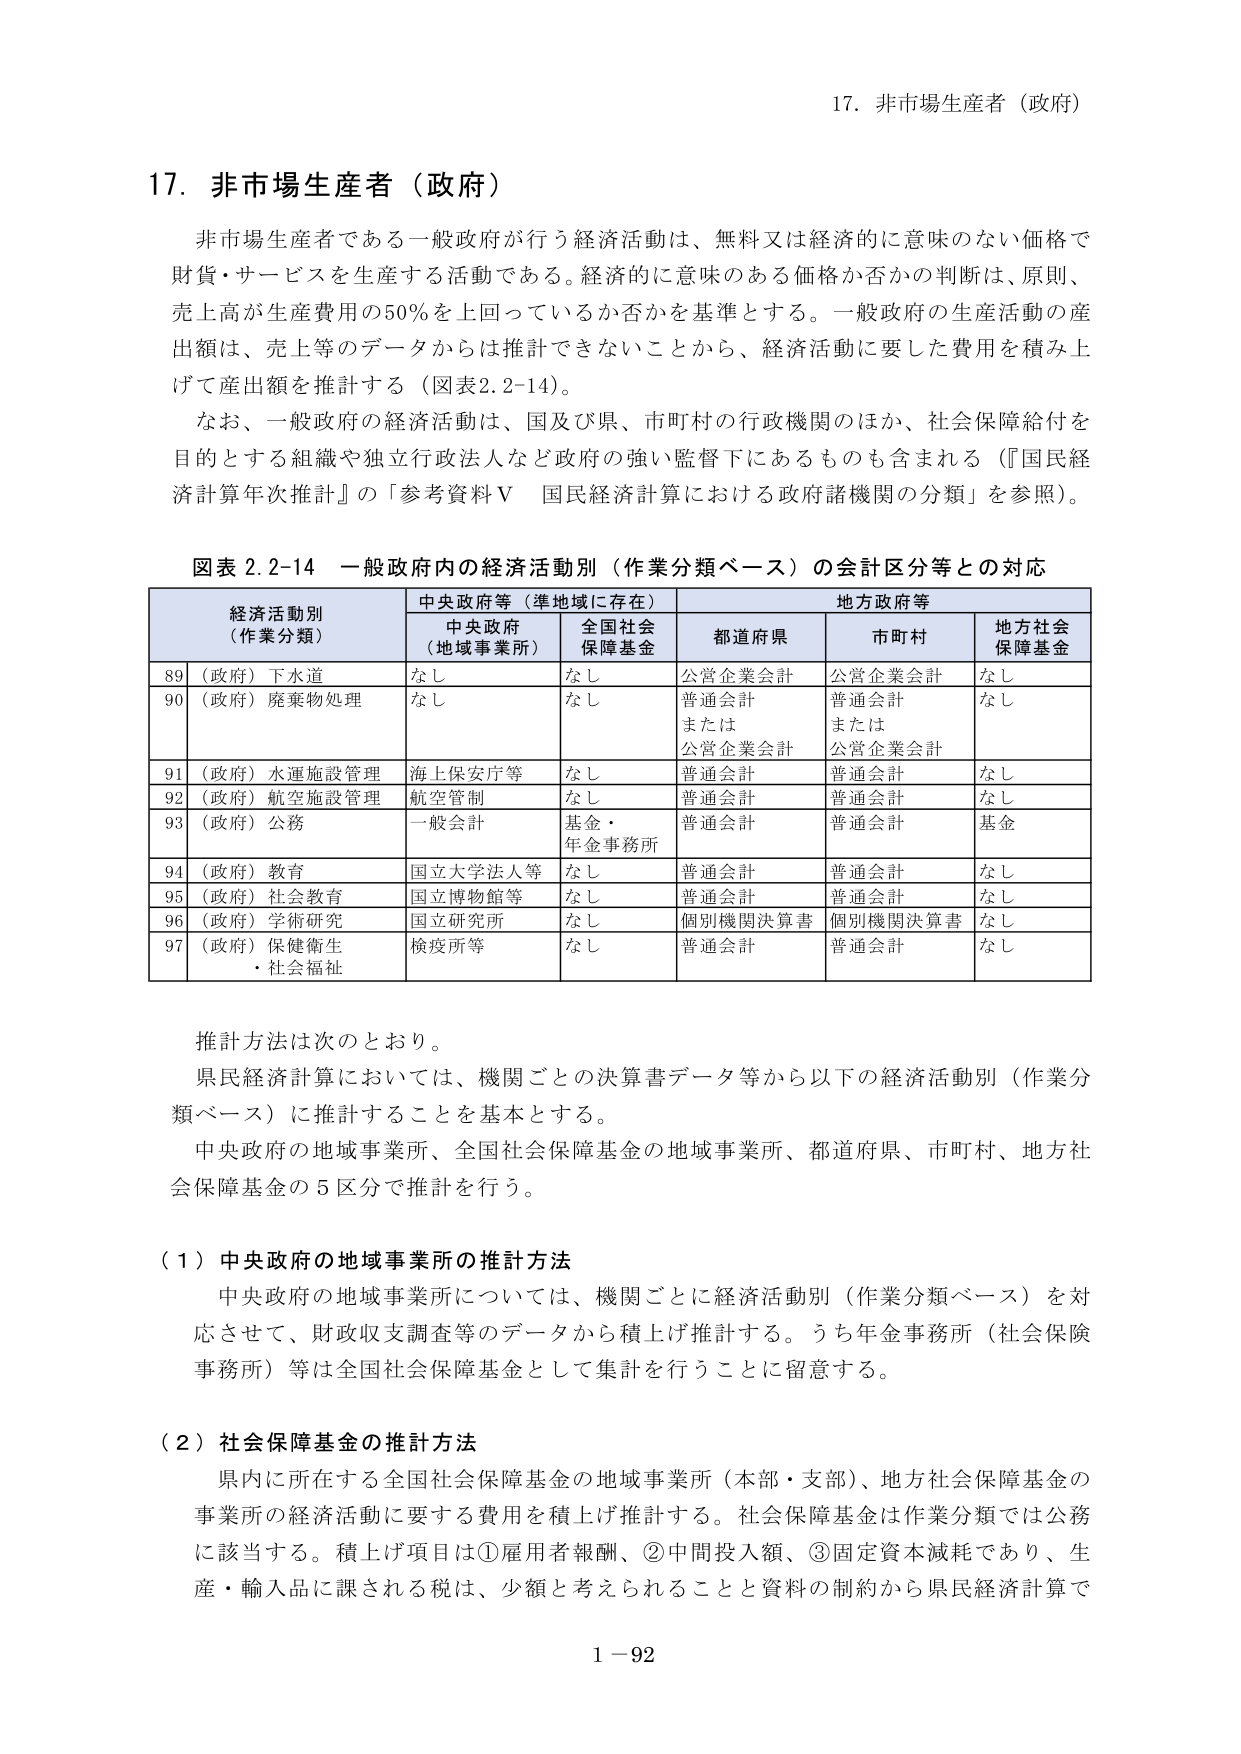
17. 非市場生産者（政府）

非市場生産者である一般政府が行う経済活動は、無料又は経済的に意味のない価格で財貨・サービスを生産する活動である。経済的に意味のある価格か否かの判断は、原則、売上高が生産費用の50％を上回っているか否かを基準とする。一般政府の生産活動の産出額は、売上等のデータからは推計できないことから、経済活動に要した費用を積み上げて産出額を推計する（図表2.2-14）。

なお、一般政府の経済活動は、国及び県、市町村の行政機関のほか、社会保障給付を目的とする組織や独立行政法人など政府の強い監督下にあるものも含まれる（『国民経済計算年次推計』の「参考資料Ⅴ 国民経済計算における政府諸機関の分類」を参照）。

図表 2.2-14 一般政府内の経済活動別（作業分類ベース）の会計区分等との対応

| 経済活動別（作業分類） | 中央政府等（準地域に存在） | 地方政府等 |
|------------------------|-----------------------------|-------------|
|                        | 中央政府（地域事業所）      | 全国社会保障基金 | 都道府県 | 市町村 | 地方社会保障基金 |
| 89 （政府）下水道       | なし                        | なし         | 公営企業会計 | 公営企業会計 | なし |
| 90 （政府）廃棄物処理   | なし                        | なし         | 普通会計 または 公営企業会計 | 普通会計 または 公営企業会計 | なし |
| 91 （政府）水運施設管理 | 海上保安庁等                | なし         | 普通会計 | 普通会計 | なし |
| 92 （政府）航空施設管理 | 航空管制                    | なし         | 普通会計 | 普通会計 | なし |
| 93 （政府）公務          | 一般会計                    | 基金・年金事務所 | 普通会計 | 普通会計 | 基金 |
| 94 （政府）教育          | 国立大学法人等              | なし         | 普通会計 | 普通会計 | なし |
| 95 （政府）社会教育      | 国立博物館等                | なし         | 普通会計 | 普通会計 | なし |
| 96 （政府）学術研究      | 国立研究所等                | なし         | 個別機関決算書 | 個別機関決算書 | なし |
| 97 （政府）保健衛生・社会福祉 | 検疫所等                  | なし         | 普通会計 | 普通会計 | なし |

推計方法は次のとおり。

県民経済計算においては、機関ごとの決算書データ等から以下の経済活動別（作業分類ベース）に推計することを基本とする。

中央政府の地域事業所、全国社会保障基金の地域事業所、都道府県、市町村、地方社会保障基金の5区分で推計を行う。

（1）中央政府の地域事業所の推計方法

中央政府の地域事業所については、機関ごとに経済活動別（作業分類ベース）を対応させて、財政収支調査等のデータから積上げ推計する。うち年金事務所（社会保険事務所）等は全国社会保障基金として集計を行うことに留意する。

（2）社会保障基金の推計方法

県内に所在する全国社会保障基金の地域事業所（本部・支部）、地方社会保障基金の事業所の経済活動に要する費用を積上げ推計する。社会保障基金は作業分類では公務に該当する。積上げ項目は①雇用者報酬、②中間投入額、③固定資本減耗であり、生産・輸入品に課される税は、少額と考えられることと資料の制約から県民経済計算で

1－92